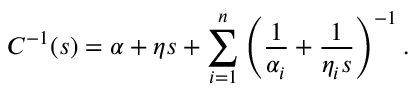
C ^ { - 1 } ( s ) = \alpha + \eta s + \sum _ { i = 1 } ^ { n } \left( \frac { 1 } { \alpha _ { i } } + \frac { 1 } { \eta _ { i } s } \right) ^ { - 1 } .